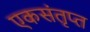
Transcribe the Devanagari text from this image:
एकसंतृप्त